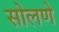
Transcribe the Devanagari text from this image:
सोलणे